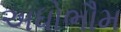
અધોભૌમ